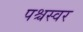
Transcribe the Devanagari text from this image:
पश्चस्वर